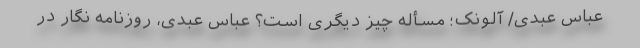
عباس عبدی/ آلونک؛ مسأله چیز دیگری است؟ عباس عبدی، روزنامه نگار در